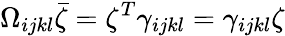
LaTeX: \Omega_{ijkl}\bar{\zeta}=\zeta^{T}\gamma_{ijkl}=\gamma_{ijkl}\zeta